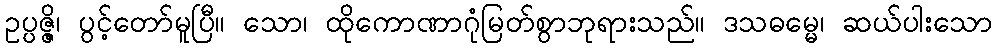
ဥပ္ပဇ္ဇိ၊ ပွင့်တော်မူပြီ။ သော၊ ထိုကောဏာဂုံမြတ်စွာဘုရားသည်။ ဒသဓမ္မေ၊ ဆယ်ပါးသော